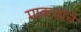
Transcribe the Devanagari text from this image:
माकडांचे